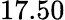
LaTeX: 17.50